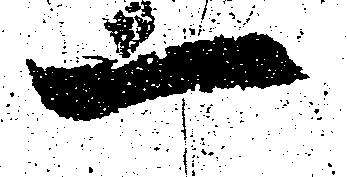
一